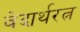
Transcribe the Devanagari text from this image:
वेदार्थरत्न